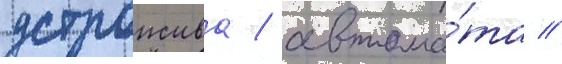
устроиства / автома́та //